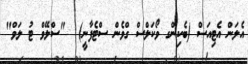
އެލަން އެޓިއަސް (ބެކިންގ ވޯކަލްސް ގްވެން ސްޓެފާނީ)  "ސްލޭވް ޓު ލަވް"